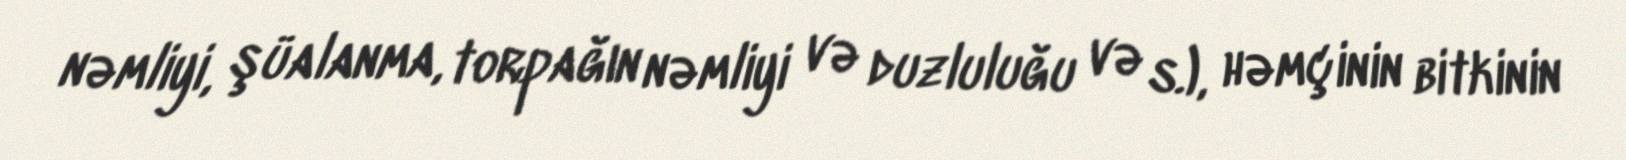
nəmliyi, şüalanma, torpağın nəmliyi və duzluluğu və s.), həmçinin bitkinin